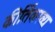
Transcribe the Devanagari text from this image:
कीर्तिकाव्य